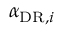
\alpha _ { \mathrm { D R } , i }